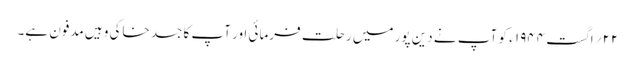
۲۲ ؍اگست ۱۹۴۴ ء کو آپ نے دین پور میں رحلت فرمائی اور آپ کا جسد خاکی وہیں مدفون ہے۔